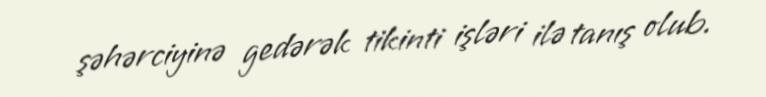
şəhərciyinə gedərək tikinti işləri ilə tanış olub.